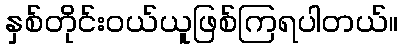
နှစ်တိုင်းဝယ်ယူဖြစ်ကြရပါတယ်။